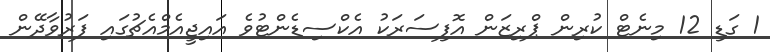
1 ގަޑި 12 މިނެޓް ކުރިން ޕްރިޒަން އޮފިސަރަކު އެކްސިޑެންޓުވެ އައިޖީއެމްއެޗުގައި ފަރުވާދޭން